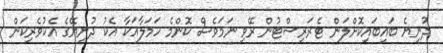
ދުނިޔެ ބައިބައިކޮށްލަން ޓެރަރިސްޓުން ރޭވި ނަމަވެސް ކޮންމެ ހަމަލާއަކާ އެކު ދުނިޔޭގެ އެކުވެރިކަން